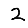
Digit: 2